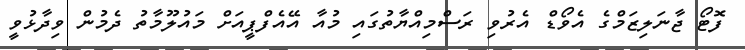
ފޮޓޯ ޖާނަލިޒަމްގެ އެވޯޑް އެރުވި ރަސްމިއްޔާތުގައި މުއާ އޭއެފްޕީއަށް މައުލޫމާތު ދެމުން ވިދާޅުވީ